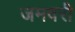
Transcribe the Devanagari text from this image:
जमवरी